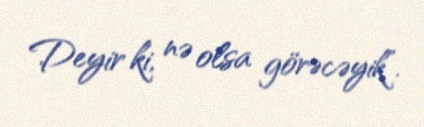
Deyir ki, nə olsa görəcəyik”.